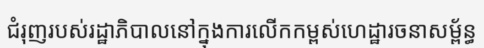
ជំរុញរបស់រដ្ឋាភិបាលនៅក្នុងការលើកកម្ពស់ហេដ្ឋារចនាសម្ព័ន្ធ